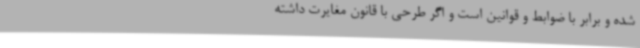
شده و برابر با ضوابط و قوانین است و اگر طرحی با قانون مغایرت داشته